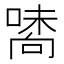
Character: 𠽘